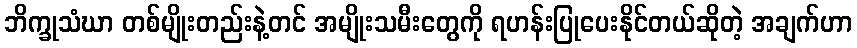
ဘိက္ခုသံဃာ တစ်မျိုးတည်းနဲ့တင် အမျိုးသမီးတွေကို ရဟန်းပြုပေးနိုင်တယ်ဆိုတဲ့ အချက်ဟာ